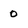
Character: 0